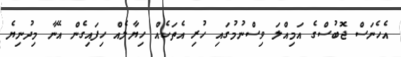
އެހެނަސް ޖޮބުސްގެ އަމިއްލަ ވިސްނުމުގައި ހުރި އެތަކެއް ހިޔާލެއް ހިފައިގެން އޭނާ މިދުނިޔެ